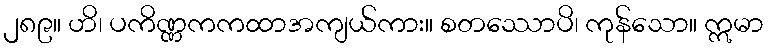
၂၈၉။ ဟိ၊ ပကိဏ္ဏကကထာအကျယ်ကား။ စတဿောပိ၊ ကုန်သော။ ဣမာ